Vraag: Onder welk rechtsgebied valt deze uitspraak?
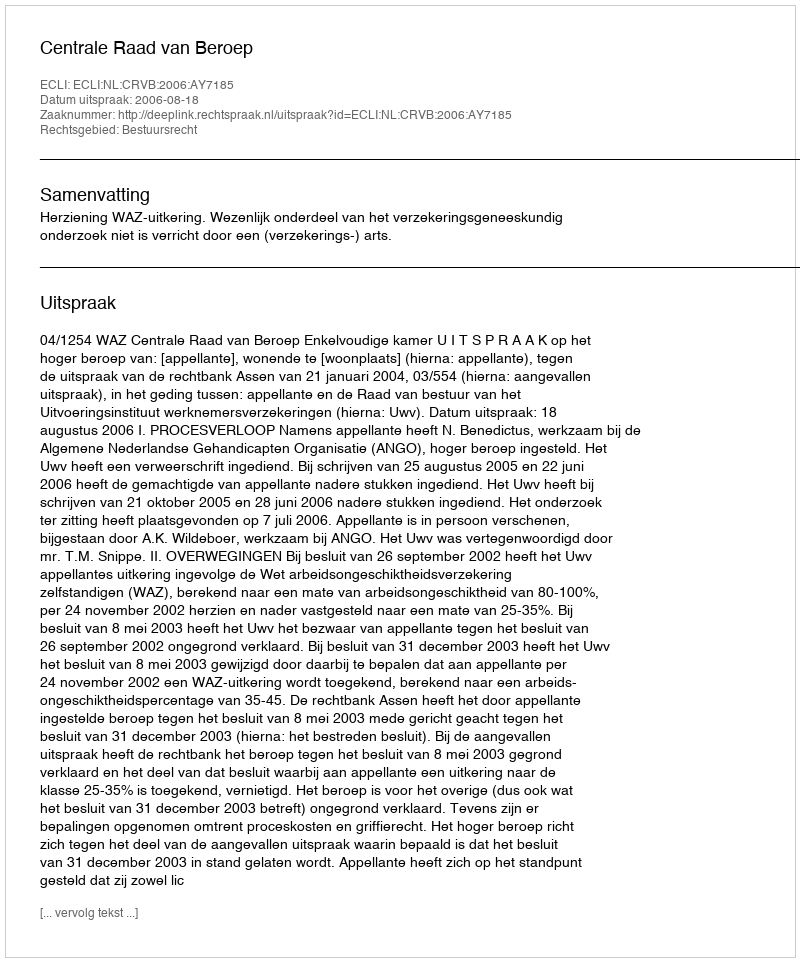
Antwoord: Bestuursrecht